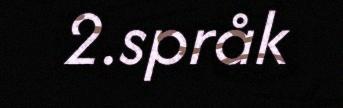
2.språk